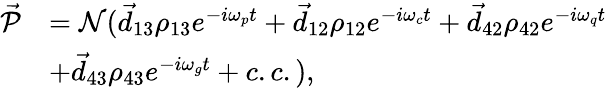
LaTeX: \begin{array}{rl}{\vec{\mathcal P}}&{=\mathcal N(\vec{d}_{13}\rho_{13}e^{-i\omega_{p}t}+\vec{d}_{12}\rho_{12}e^{-i\omega_{c}t}+\vec{d}_{42}\rho_{42}e^{-i\omega_{q}t}}\\ &{+\vec{d}_{43}\rho_{43}e^{-i\omega_{g}t}+c.c.),}\end{array}